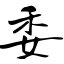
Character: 委